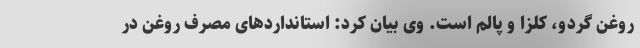
روغن گردو، کلزا و پالم است. وی بیان کرد: استانداردهای مصرف روغن در